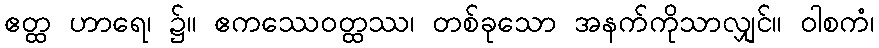
ဧတ္ထ ဟာရေ၊ ၌။ ဧကဿေဝတ္ထဿ၊ တစ်ခုသော အနက်ကိုသာလျှင်။ ဝါစကံ၊